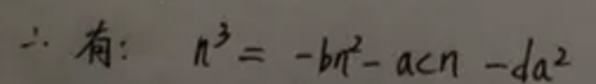
$\therefore  $有$:  n^{3}=-bn^{2}-acn - da^{2}$